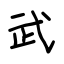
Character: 武